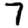
Digit: 7